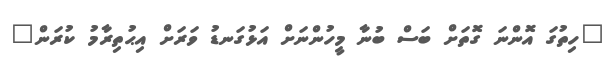
"ހިތުގަ އޮންނަ ގޮތަށް ބަސް ބުނާ މީހުންނަށް އަޅުގަނޑު ވަރަށް އިޙުތިރާމު ކުރަން"